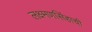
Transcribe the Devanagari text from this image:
लक्ष्मणसिंहाची